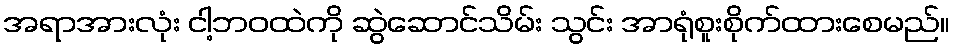
အရာအားလုံး ငါ့ဘဝထဲကို ဆွဲဆောင်သိမ်း သွင်း အာရုံစူးစိုက်ထားစေမည်။